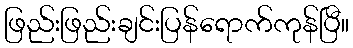
ဖြည်းဖြည်းချင်းပြန်ရောက်ကုန်ပြီ။